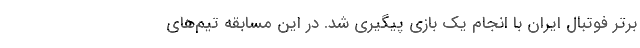
برتر فوتبال ایران با انجام یک بازی پیگیری شد. در این مسابقه تیم‌های